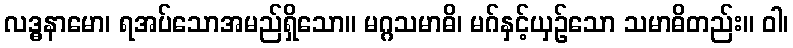
လဒ္ဓနာမော၊ ရအပ်သောအမည်ရှိသော။ မဂ္ဂသမာဓိ၊ မဂ်နှင့်ယှဉ်သော သမာဓိတည်း။ ဝါ၊